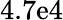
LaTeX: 4.7\mathrm{e}4